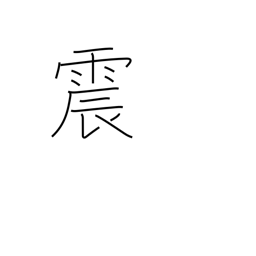
Meaning: quake